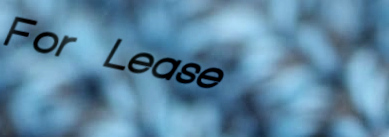
For Lease